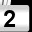
Digit: 2